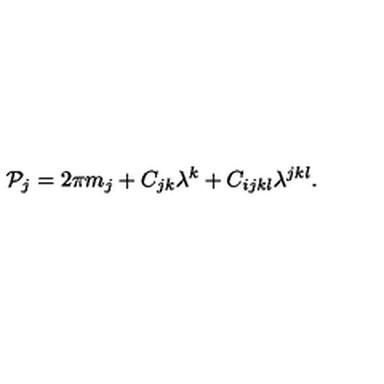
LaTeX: { \cal P } _ { j } = 2 \pi m _ { j } + C _ { j k } \lambda ^ { k } + C _ { i j k l } \lambda ^ { j k l } .